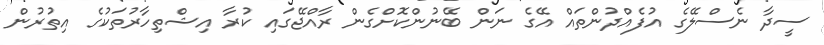
ސީދާ ނެސްލޭގެ އުފެއްދުންތައް އޭގެ ނަން ބޭނުންކޮށްގެން ރާއްޖޭގައި ކުރާ އިޝްތިހާރުތަކުގެ އިތުރުން